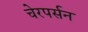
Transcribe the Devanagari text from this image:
चेरपर्सन